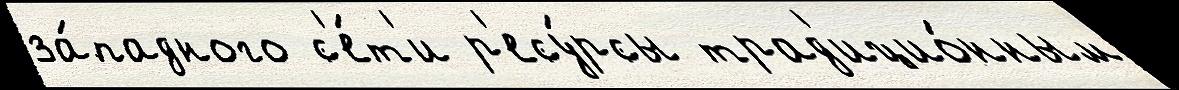
за́падного с'е́т'и р'есу́рсы трад'ицио́нным